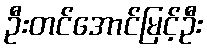
ဦးတင်အောင်မြင့်ဦး